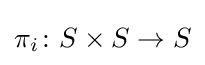
\pi _{i}\colon S\times S\to S